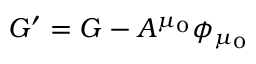
G ^ { \prime } = G - A ^ { \mu _ { 0 } } \phi _ { \mu _ { 0 } }